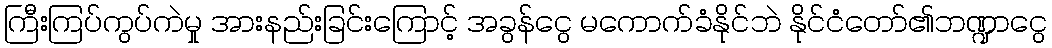
ကြီးကြပ်ကွပ်ကဲမှု အားနည်းခြင်းကြောင့် အခွန်ငွေ မကောက်ခံနိုင်ဘဲ နိုင်ငံတော်၏ဘဏ္ဍာငွေ